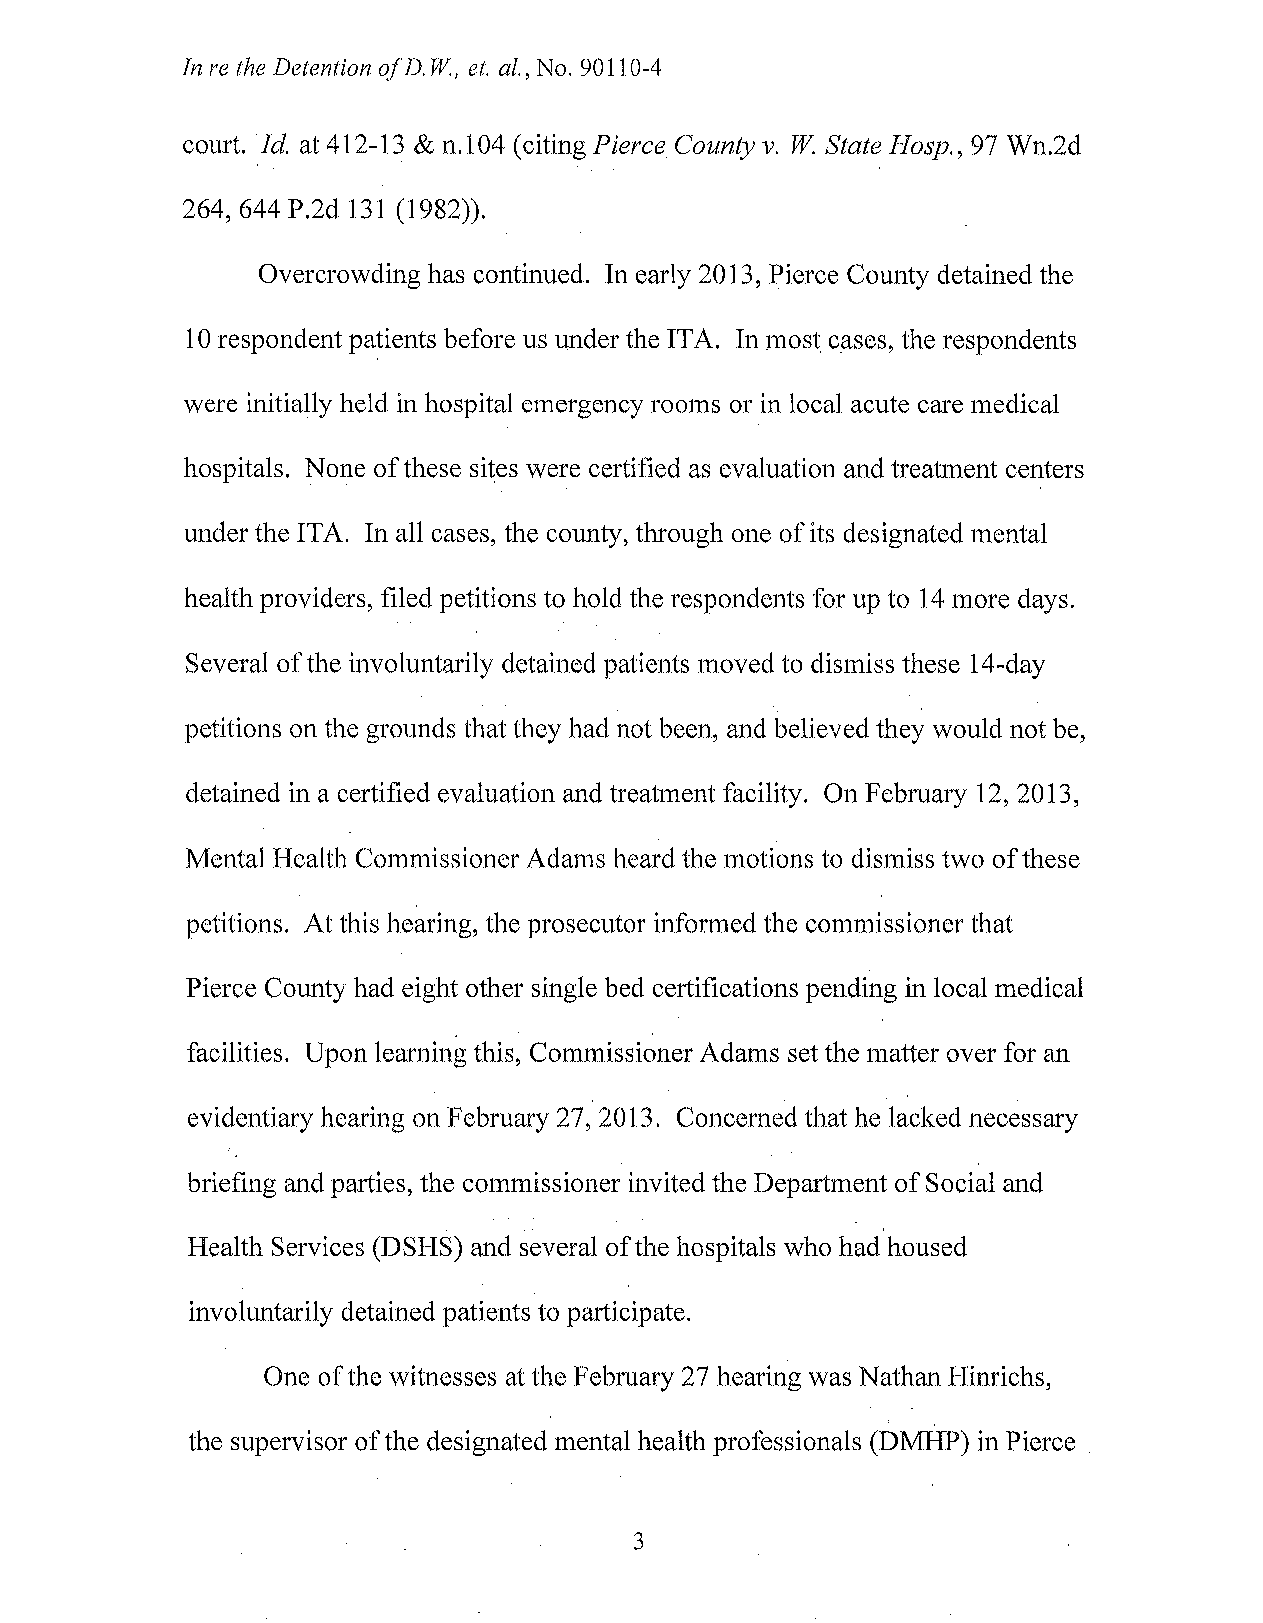
In re the Detention ofD . W, et. a!., No. 90110-4
 court. !d. at 412-13 & n.104 (citing Pierce County v. W. State Hasp., 97 Wn.2d
 264,644 P.2d 131 (1982)).
 Overcrowding has continued. In early 2013, Pierce County detained the
 10 respondent patients before us under the ITA . In most cases, the respondents
 were initially held in hospital emergency rooms or in local acute care medical
 hospitals. None of these sites were certified as evaluation and treatment centers
 under the ITA. In all cases, the county, through one of its designated mental
 health providers, filed petitions to hold the respondents for up to 14 more days.
 Several of the involuntarily detained patients moved to dismiss these 14-day
 petitions on the grounds that they had not been, and believed they would not be,
 detained in a certified evaluation and treatment facility. On February 12, 2013,
 Mental Health Commissioner Adams heard the motions to dismiss two of these
 petitions. At this hearing, the prosecutor informed the commissioner that
 Pierce County had eight other single bed certifications pending in local medical
 facilities. Upon learning this, Commissioner Adams set the matter over for an
 evidentiary hearing on February 27, 2013. Concerned that he lacked necessary
 briefing and parties, the commissioner invited the Department of Social and
 Health Services (DSHS) and several of the hospitals who had housed
 involuntarily detained patients to participate.
 One of the witnesses at the February 27 hearing was Nathan Hinrichs,
 the supervisor of the designated mental health professionals (DMHP) in Pierce
 3